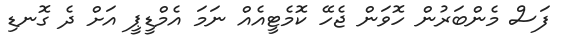
ފަސް މެންބަރުން ހޮވަން ޖެހޭ ކޮމެޓީއެއް ނަމަ އެމްޑީޕީ އަށް ދެ ގޮނޑި